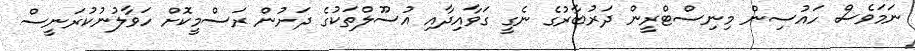
ނަމަވެސް ހައުސިން މިނިސްޓްރީން ދަރުބާރުގެ ނެގީ ގަވާއިދާއި އުސޫލްތަކުގެ ދަށުން ރަސްމީކޮށް ހަވާލުނުކުރަނީސް